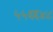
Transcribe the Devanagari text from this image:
५५६६४८